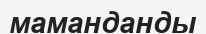
маманданды